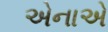
એનાએ